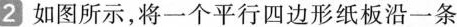
2 如图所示，将一个平行四边形纸板沿一条